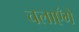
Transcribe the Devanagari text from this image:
चलाएँगे